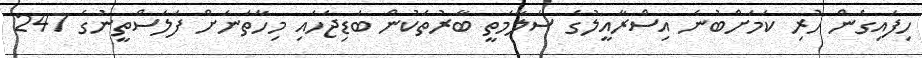
ހިފައިގެން ހުރި ކަމަށްބުނެ އިސްރާއީލުގެ ސަލާމަތީ ބާރުތަކުން ބަޑިޖަހައި މިހާތަނަށް ފަލަސްތީނުގެ 247